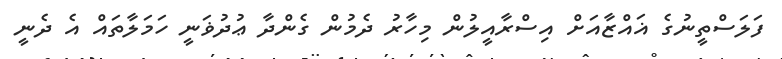
ފަލަސްތީނުގެ ޣައްޒާއަށް އިސްރާއީލުން މިހާރު ދެމުން ގެންދާ ޢުދުޥަނީ ހަމަލާތައް އެ ދެނީ